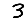
Digit: 3